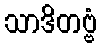
သာဒိတဗ္ဗံ